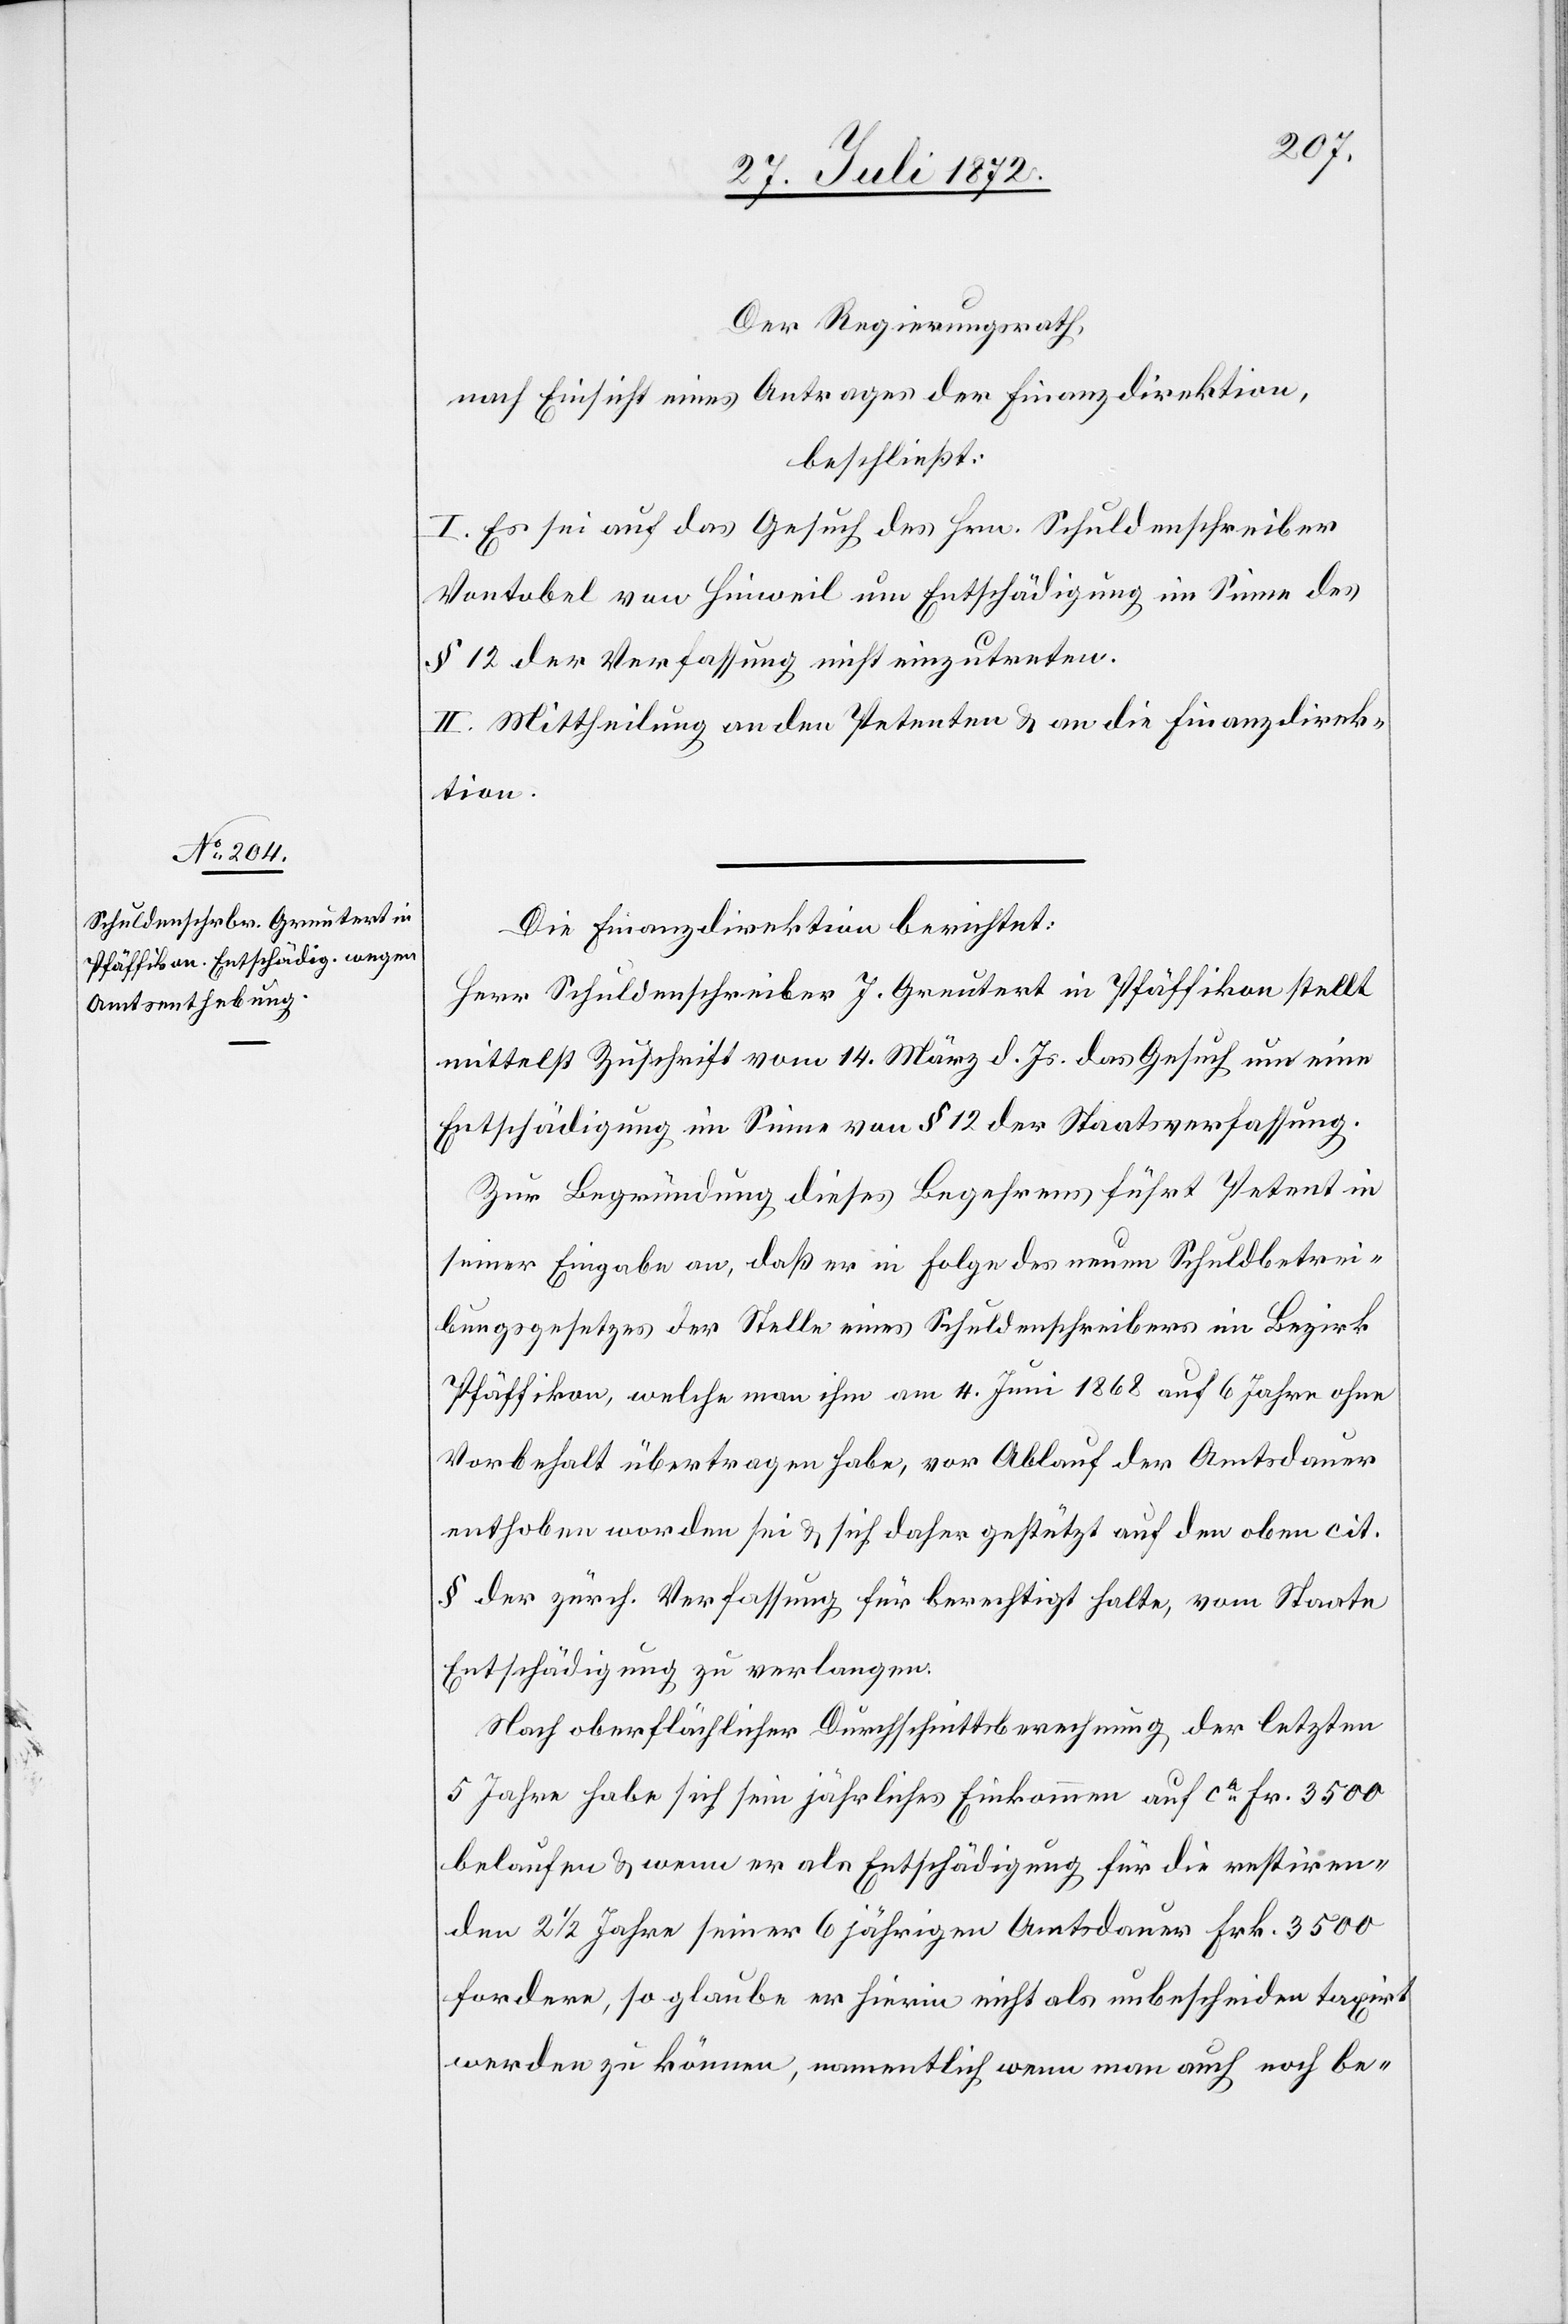
Der Regierungsrath,
nach Einsicht eines Antrages der Finanzdirektion,
beschließt:
I. Es sei auf das Gesuch des Hrn. Schuldenschreiber
Vontobel von Hinweil um Entschädigung im Sinne des
§12 der Verfassung nicht einzutreten.
II. Mittheilung an den Petenten u. an die Finanzdirek¬
tion.
Die Finanzdirektion berichtet:
Herr Schuldenschreiber J. Greutert in Pfäffikon stellt
mittelst Zuschrift vom 14. März d. Js. das Gesuch um eine
Entschädigung im Sinne von § 12 der Staatsverfassung.
Zur Begründung dieses Begehrens führt Petent in
seiner Eingabe an, daß er in Folge des neuen Schuldbetrei¬
bungsgesetzes der Stelle eines Schuldenschreibers im Bezirk
Pfäffikon, welche man ihm am 4. Juni 1868 auf 6 Jahre ohne
Vorbehalt übertragen habe, vor Ablauf der Amtsdauer
enthoben worden sei u. sich daher gestützt auf den oben cit.
§ der zürch. Verfassung für berechtigt halte, vom Staate
Entschädigung zu verlangen.
Nach oberflächlicher Durchschnittsberechnung der letzten
5 Jahre habe sich sein jährliches Einkommen auf ca Fr. 3500
belaufen u. wenn er als Entschädigung für die restiren¬
den 2 1/2 Jahre seiner 6 jährigen Amtsdauer Frk. 3500
fordere, so glaube er hierin nicht als unbescheiden taxirt
werden zu können, namentlich wenn man auch noch be-